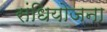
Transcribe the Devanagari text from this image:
संधियोजना